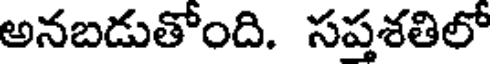
అనబడుతోంది. సప్తశతిలో